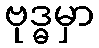
ဗုဒ္ဓမှာ